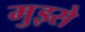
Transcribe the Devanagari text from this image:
मुझ्से